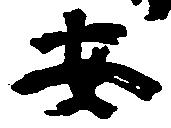
安